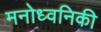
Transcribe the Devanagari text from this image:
मनोध्वनिकी